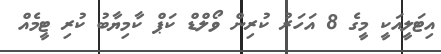
އިޓަލީއަކީ މީގެ 8 އަހަރު ކުރިން ވޯލްޑް ކަޕް ކާމިޔާބު ކުރި ޓީމެއް